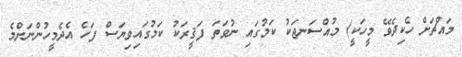
މައްޗަށް ހެކިދެވޭ މީހަކީ) މުއްސަނޖަކު ކަމުގައި ނުވަތަ ފަޤީރަކު ކަމުގައިވިޔަސް ފަހެ އެދެމީހުންނަށްމެ